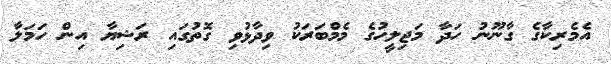
އެމެރިކާގެ ގާނޫނު ހަދާ މަޖިލީހުގެ މެމްބަރަކު ވިދާޅުވި ގޮތުގައި ރަޝިޔާ އިން ހަމަލާ